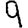
Digit: 9